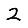
Digit: 2